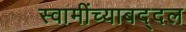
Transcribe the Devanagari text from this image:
स्वामींच्याबद्दल